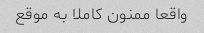
واقعا ممنون کاملا به موقع